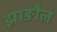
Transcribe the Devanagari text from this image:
झाङौल